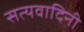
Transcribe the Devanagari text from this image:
सत्यवादिनी